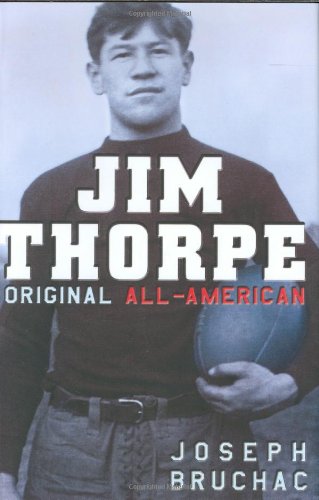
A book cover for Jim Thorpe, Original All-American; Joseph Bruchac; Teen & Young Adult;